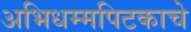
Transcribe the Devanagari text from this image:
अभिधम्मपिटकाचे